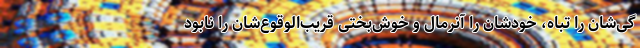
گی‌شان را تباه، خودشان را آنرمال و خوش‌بختی قريب‌الوقوع‌شان را نابود